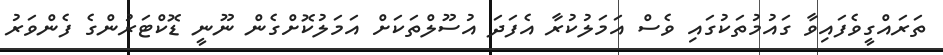
ތަރައްގީވެފައިވާ ގައުމުތަކުގައި ވެސް އަމަލުކުރާ އެފަދަ އުސޫލްތަކަށް އަމަލުކޮށްގެން ނޫނީ ޑޮކްޓަރުންގެ ފެންވަރު